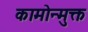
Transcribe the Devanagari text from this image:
कामोन्मुक्त